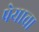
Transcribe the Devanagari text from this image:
पेयाचा